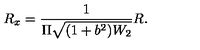
R _ { x } = \frac { 1 } { \Pi \sqrt { ( 1 + b ^ { 2 } ) W _ { 2 } } } R .